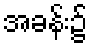
အခန်း၌